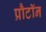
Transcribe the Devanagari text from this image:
प्रौटॉन